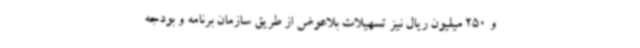
و 250 میلیون ریال نیز تسهیلات بلاعوض از طریق سازمان برنامه و بودجه